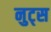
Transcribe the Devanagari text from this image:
नुट्स